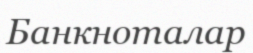
Банкноталар